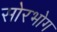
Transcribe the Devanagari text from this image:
सोरभोग